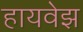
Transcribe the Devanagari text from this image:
हायवेझ